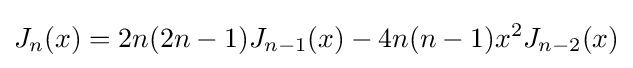
J_{n}(x)=2n(2n-1)J_{n-1}(x)-4n(n-1)x^{2}J_{n-2}(x)